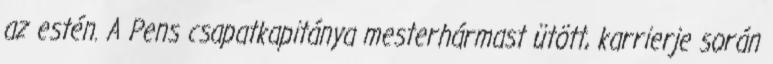
az estén. A Pens csapatkapitánya mesterhármast ütött, karrierje során